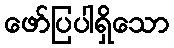
ဖော်ပြပါရှိသော